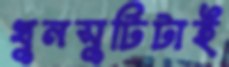
খুনসুটিটাই